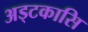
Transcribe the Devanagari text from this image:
अड्टकासि